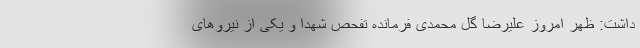
داشت: ظهر امروز علیرضا گل محمدی فرمانده تفحص شهدا و یکی از نیروهای